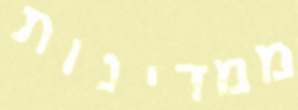
ממדינות